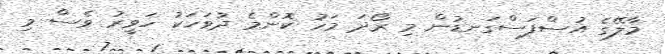
މާލޭގެ އުސްފަސްގަނޑުން މި ރޯދަ މަހު ކޮންމެ ދުވަހަކު ހަވީރު ވެސް މި